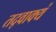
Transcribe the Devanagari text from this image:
तद्वाक्यं